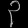
Digit: ၃